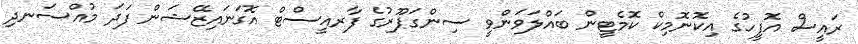
ރައީސް އޮފީހުގެ އިކޮނޮމިކް ކޮމެޓީން ބައްލަވަންވީ ސިންގަޕޫރުގެ ފާރއީސްޓް އޮގަނައިޒޭޝަން ފަދަ މުއްސަނދި